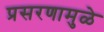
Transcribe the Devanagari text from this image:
प्रसरणामुळे